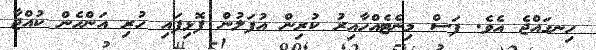
ހިނގައްޖެ އެވެ. ފަސް މިނެޓެއްހާއިރު ކުރިން އުފަލުން ފޮޅިފައި ހުރި އަންހެން ކުއްޖާ